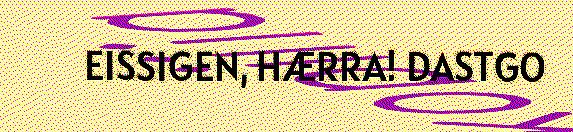
EISSIGEN, HÆRRA! DASTGO